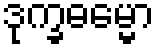
ဒုက္ခဓမ္မော